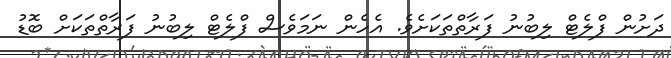
ދަށުން ފްލެޓް ލިބުނު ފަރާތްތަކަށެވެ. އެހެން ނަމަވެސް ފްލެޓް ލިބުނު ފަރާތްތަކަށް ބޮޑު